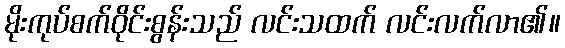
မိုးကုပ်စက်ဝိုင်းစွန်းသည် လင်းသထက် လင်းလက်လာ၏။